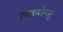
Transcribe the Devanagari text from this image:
चित्रयोगम्